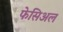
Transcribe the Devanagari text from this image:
फेसिअल